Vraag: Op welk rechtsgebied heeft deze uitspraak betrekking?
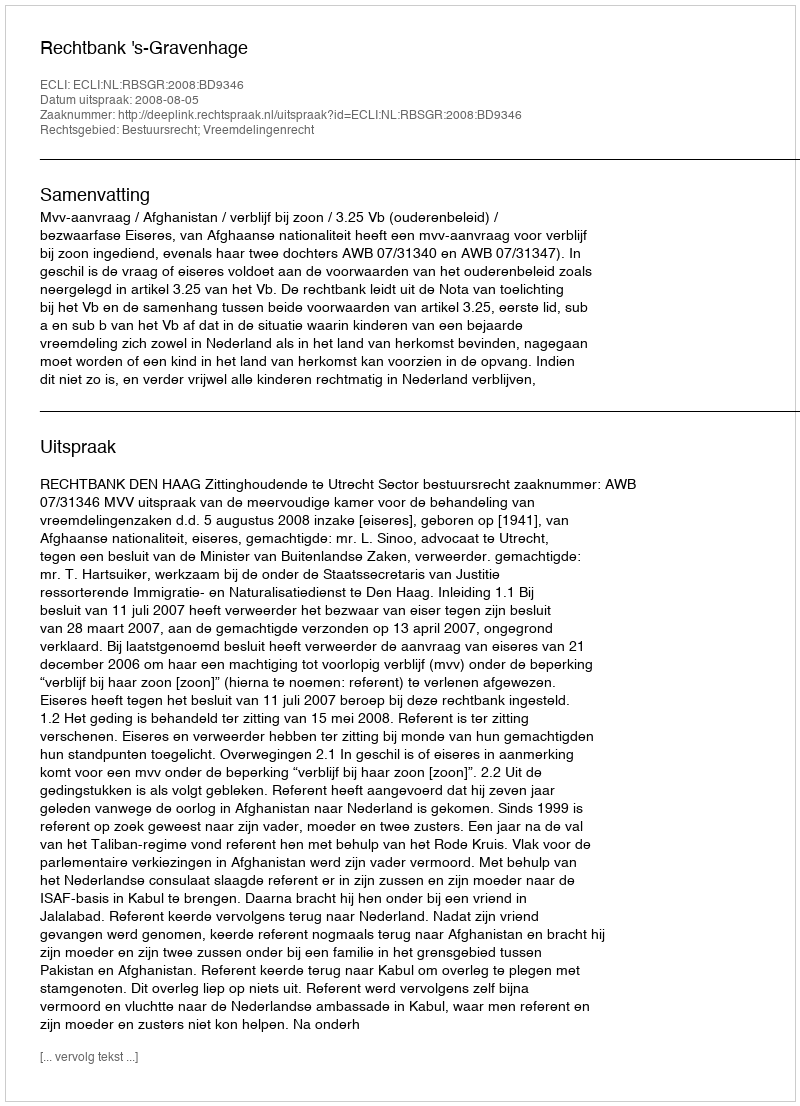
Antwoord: Bestuursrecht; Vreemdelingenrecht